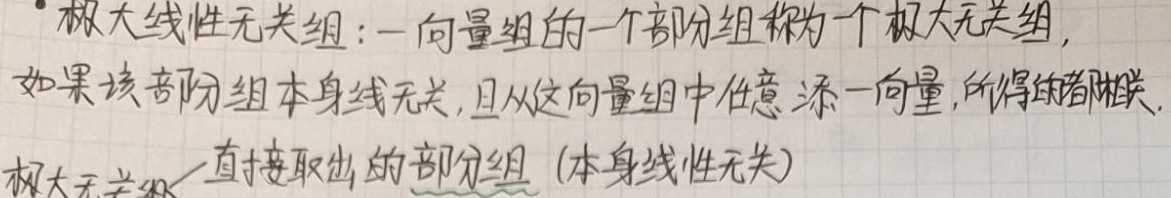
- 极大线性无关组：一向量组的一个部分组称为一个极大无关组，如果该部分组本身线性无关，且从这向量组中任意添一向量，所得的都相关。极大无关组——直接取出的部分组（本身线性无关）